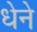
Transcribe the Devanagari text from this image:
धेने